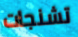
تشنجات